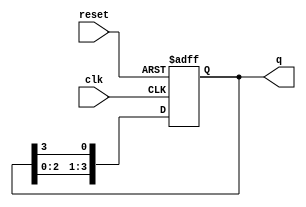
module bistable_ring_counter #(
    parameter N = 4  // Number of flip-flops (states)
)(
    input wire clk,         // Clock signal
    input wire reset,       // Asynchronous reset signal
    output reg [N-1:0] q    // Output state of the counter
);

// Initial state for the counter
initial begin
    q = 1'b1; // Start with the first flip-flop set to '1'
end

// Always block for synchronous operation
always @(posedge clk or posedge reset) begin
    if (reset) begin
        // Reset the counter to initial state
        q <= 1'b1; // Reset to the initial state
    end else begin
        // Shift the '1' bit to the right
        q <= {q[N-2:0], q[N-1]}; // Shift right and wrap around
    end
end

endmodule